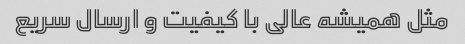
مثل همیشه عالی با کیفیت و ارسال سریع